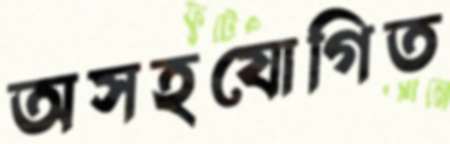
অসহযোগিত